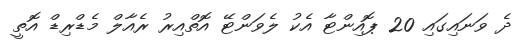
ދެ ވަނައިގައި 20 ޕޮއިންޓާ އެކު ލެވަންޓޭ އޮތްއިރު ރެއާލް މެޑްރިޑް އޮތީ